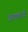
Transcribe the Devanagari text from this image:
व्रतकार्य